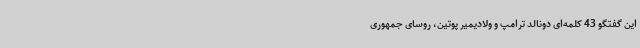
این گفتگو 43 کلمه‌ای دونالد ترامپ و ولادیمیر پوتین، روسای جمهوری